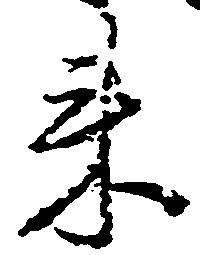
来